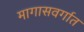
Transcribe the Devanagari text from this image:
मागासवर्गात